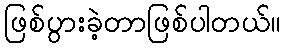
ဖြစ်ပွားခဲ့တာဖြစ်ပါတယ်။